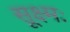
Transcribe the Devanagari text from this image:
सूक्ष्मः